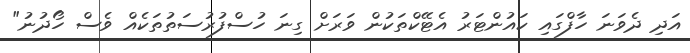
އަދި ދެވަނަ ހާފްގައި ކައުންޓަރު އެޓޭކްތަކުން ވަރަށް ގިނަ ހުސްފުރުސަތުތަކެއް ވެސް ހޯދުނު"